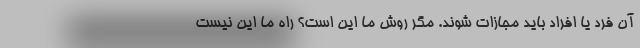
آن فرد یا افراد باید مجازات شوند. مگر روش ما این است؟ راه ما این نیست